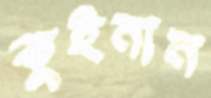
কুইনান